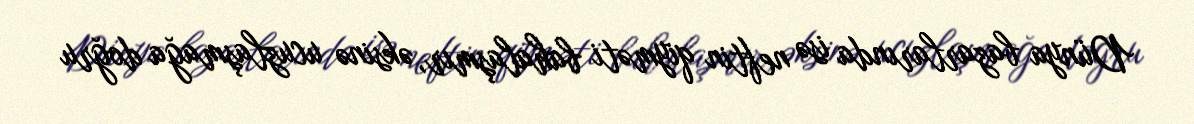
Dünya bazarlarında isə neftin qiyməti bahalaşmır, əksinə ucuzlaşmağa doğru